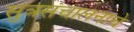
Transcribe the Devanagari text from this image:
सुत्रसंचालनाचे